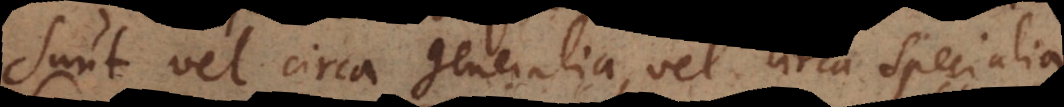
sunt vel circa generalia, vel circa specialia